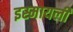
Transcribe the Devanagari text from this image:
इस्मायली